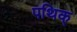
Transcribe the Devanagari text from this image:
पथिक्‌